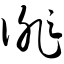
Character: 俳